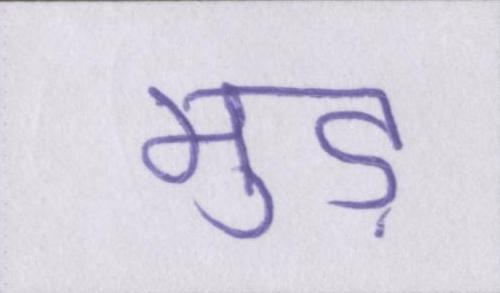
मुड़